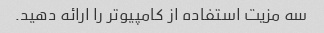
سه مزیت استفاده از کامپیوتر را ارائه دهید.